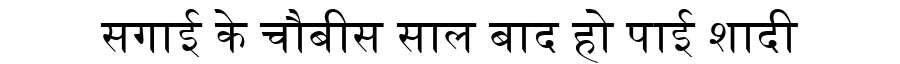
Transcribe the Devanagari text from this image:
सगाई के चौबीस साल बाद हो पाई शादी